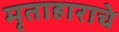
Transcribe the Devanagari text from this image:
मृताहाराचे